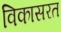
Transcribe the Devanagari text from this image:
विकासरत